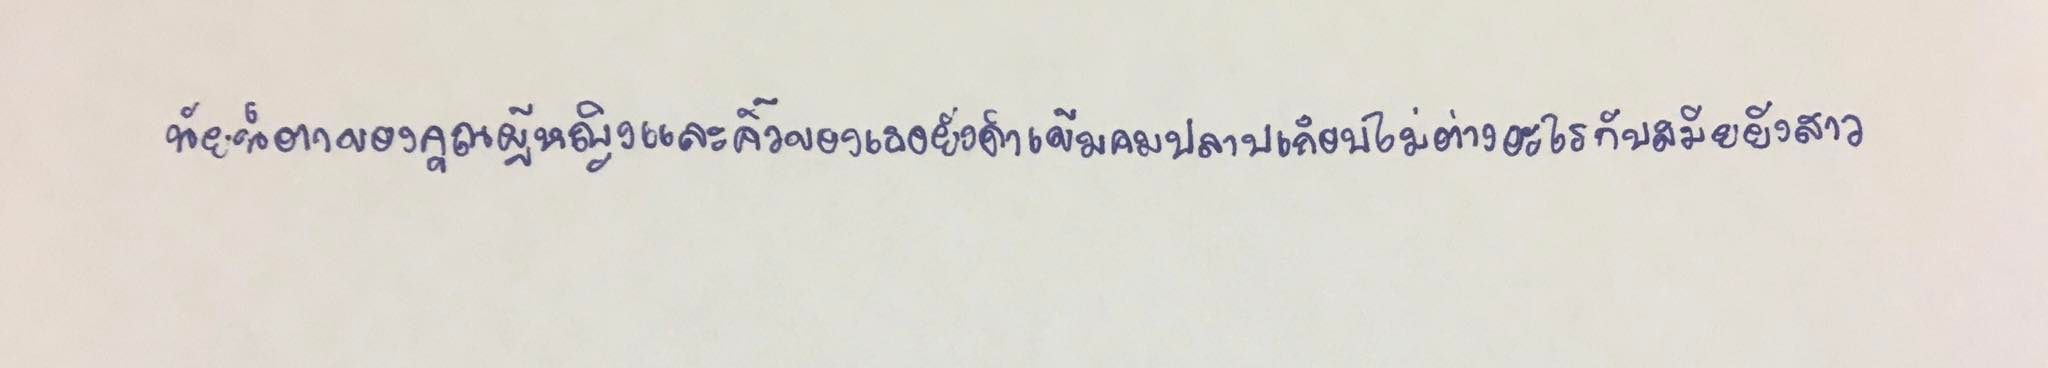
นัยน์ตาของคุณผู้หญิงและคิ้วของเธอยังดำเข้มคมปลาบเกือบไม่ต่างอะไรกับสมัยยังสาว